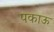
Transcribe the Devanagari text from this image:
पकाऊ